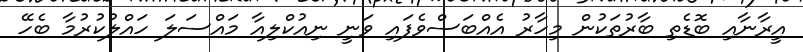
އީރާނާއި ބޮޑެތި ބާރުތަކުން މިހާރު އެއްބަސްވެފައި ވަނީ ނިއުކްލިއާ މައްސަލަ ހައްލުކުރުމާ ބެހޭ